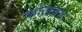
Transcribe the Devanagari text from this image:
कोलबंस